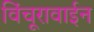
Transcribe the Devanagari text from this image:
विंचूरावाईन